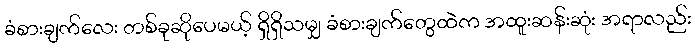
ခံစားချက်လေး တစ်ခုဆိုပေမယ့် ရှိရှိသမျှ ခံစားချက်တွေထဲက အထူးဆန်းဆုံး အရာလည်း